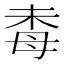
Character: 𱥛